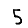
Digit: 5